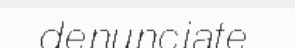
denunciate